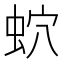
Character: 𧉢